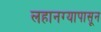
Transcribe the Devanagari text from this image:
लहानग्यापासून